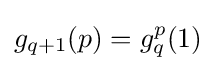
g_{q+1}(p)=g_{q}^{p}(1)